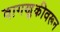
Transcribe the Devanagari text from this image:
वागणुकीवरून